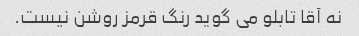
نه آقا تابلو می گوید رنگ قرمز روشن نیست.